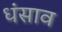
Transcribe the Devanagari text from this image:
धंसाव